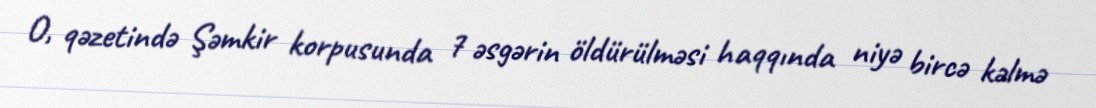
O, qəzetində Şəmkir korpusunda 7 əsgərin öldürülməsi haqqında niyə bircə kəlmə